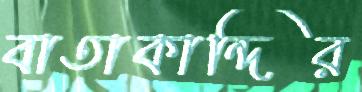
বাতাকান্দির